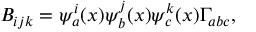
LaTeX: B _ { i j k } = \psi _ { a } ^ { i } ( x ) \psi _ { b } ^ { j } ( x ) \psi _ { c } ^ { k } ( x ) \Gamma _ { a b c } ,